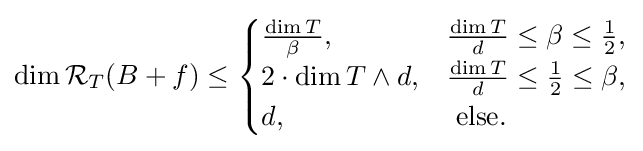
\dim {\mathcal {R}}_{T}(B+f)\leq {\begin{cases}{\frac {\dim T}{\beta }},&{\frac {\dim T}{d}}\leq \beta \leq {\frac {1}{2}},\\2\cdot \dim T\wedge d,&{\frac {\dim T}{d}}\leq {\frac {1}{2}}\leq \beta ,\\d,&{\text{ else}}.\end{cases}}